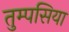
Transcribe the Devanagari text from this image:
तुम्पसिया